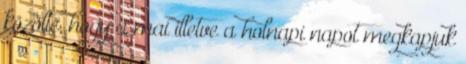
közölte, hogy a mai illetve a holnapi napot megkapjuk